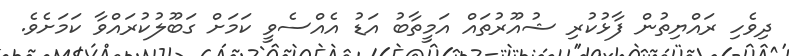
ދިވެހި ރައްޔިތުން ފާޅުކުރި ޝުއޫރުތައް އަމީތާބު އަޑު އެއްސެވީ ކަމަށް ގަބޫލުކުރައްވާ ކަމަށެވެ.